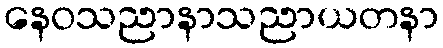
နေဝသညာနာသညာယတနာ